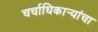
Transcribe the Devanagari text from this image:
चर्चाधिकार्‍यांचा